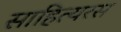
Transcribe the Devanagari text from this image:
साहित्यरस